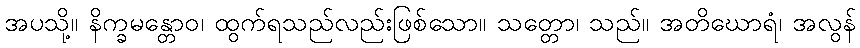
အပသို့။ နိက္ခမန္တောဝ၊ ထွက်ရသည်လည်းဖြစ်သော။ သတ္တော၊ သည်။ အတိဃောရံ၊ အလွန်